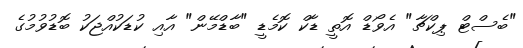
"ބެސްޓް ޕިކްޗާ" އެވޯޑް އޮތީ ޑާކް ކޮމެޑީ "ބާޑްމޭން" އާއި ކުޑަކުއްޖަކު ބޮޑުވުމުގެ